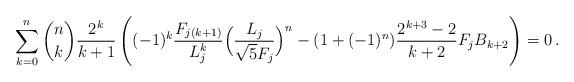
LaTeX: \begin{align*}\sum_{k=0}^n \binom{n}{k} \frac{2^k}{k+1} \left((-1)^k\frac{F_{j(k+1)}}{L^k_j}\Bigl( \frac{L_j}{\sqrt5F_j}\Bigr)^n - (1+(-1)^n) \frac{2^{k+3}-2}{k+2} F_j B_{k+2}\right)=0\,.\end{align*}